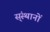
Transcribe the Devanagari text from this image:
स्ंस्थानों